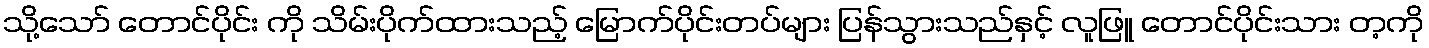
သို့သော် တောင်ပိုင်း ကို သိမ်းပိုက်ထားသည့် မြောက်ပိုင်းတပ်များ ပြန်သွားသည်နှင့် လူဖြူ တောင်ပိုင်းသား တ့ကို